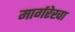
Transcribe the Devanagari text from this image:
मार्गरेखा